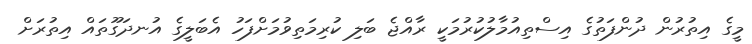
މީގެ އިތުރުން ދުންފަތުގެ އިސްތިއުމާލުކުރުމަކީ ރާއްޖެ ބަލި ކުރިމަތިވުމަށްފަހު އެބަލީގެ އުނދަގޫތައް އިތުރަށް